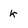
Character: k